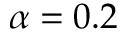
\alpha = 0 . 2